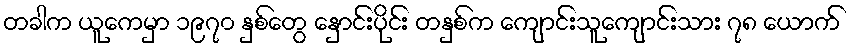
တခါက ယူကေမှာ ၁၉၇၀ နှစ်တွေ နှောင်းပိုင်း တနှစ်က ကျောင်းသူကျောင်းသား ၇၈ ယောက်